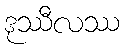
ဒုဿီလဿ